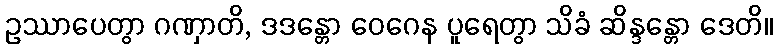
ဥဿာပေတွာ ဂဏှာတိ, ဒဒန္တော ဝေဂေန ပူရေတွာ သိခံ ဆိန္ဒန္တော ဒေတိ။